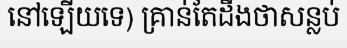
នៅឡើយទេ) គ្រាន់តែដឹងថាសន្លប់